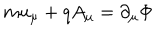
m u _ { \mu } + q A _ { \mu } = \partial _ { \mu } \Phi